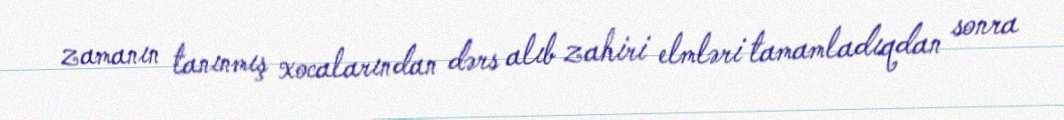
zamanın tanınmış xocalarından dərs alıb zahiri elmləri tamamladıqdan sonra